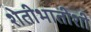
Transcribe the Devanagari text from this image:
शेतीभातीशी